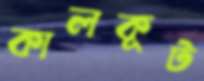
কালকূট